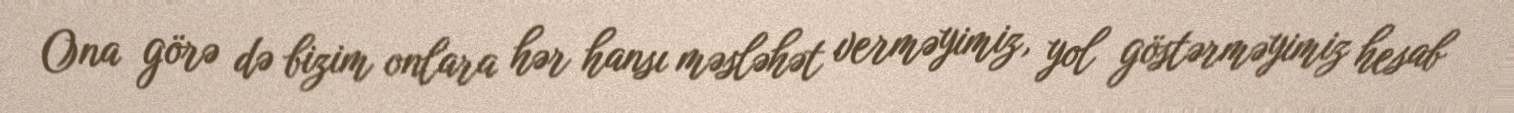
Ona görə də bizim onlara hər hansı məsləhət verməyimiz, yol göstərməyimiz hesab